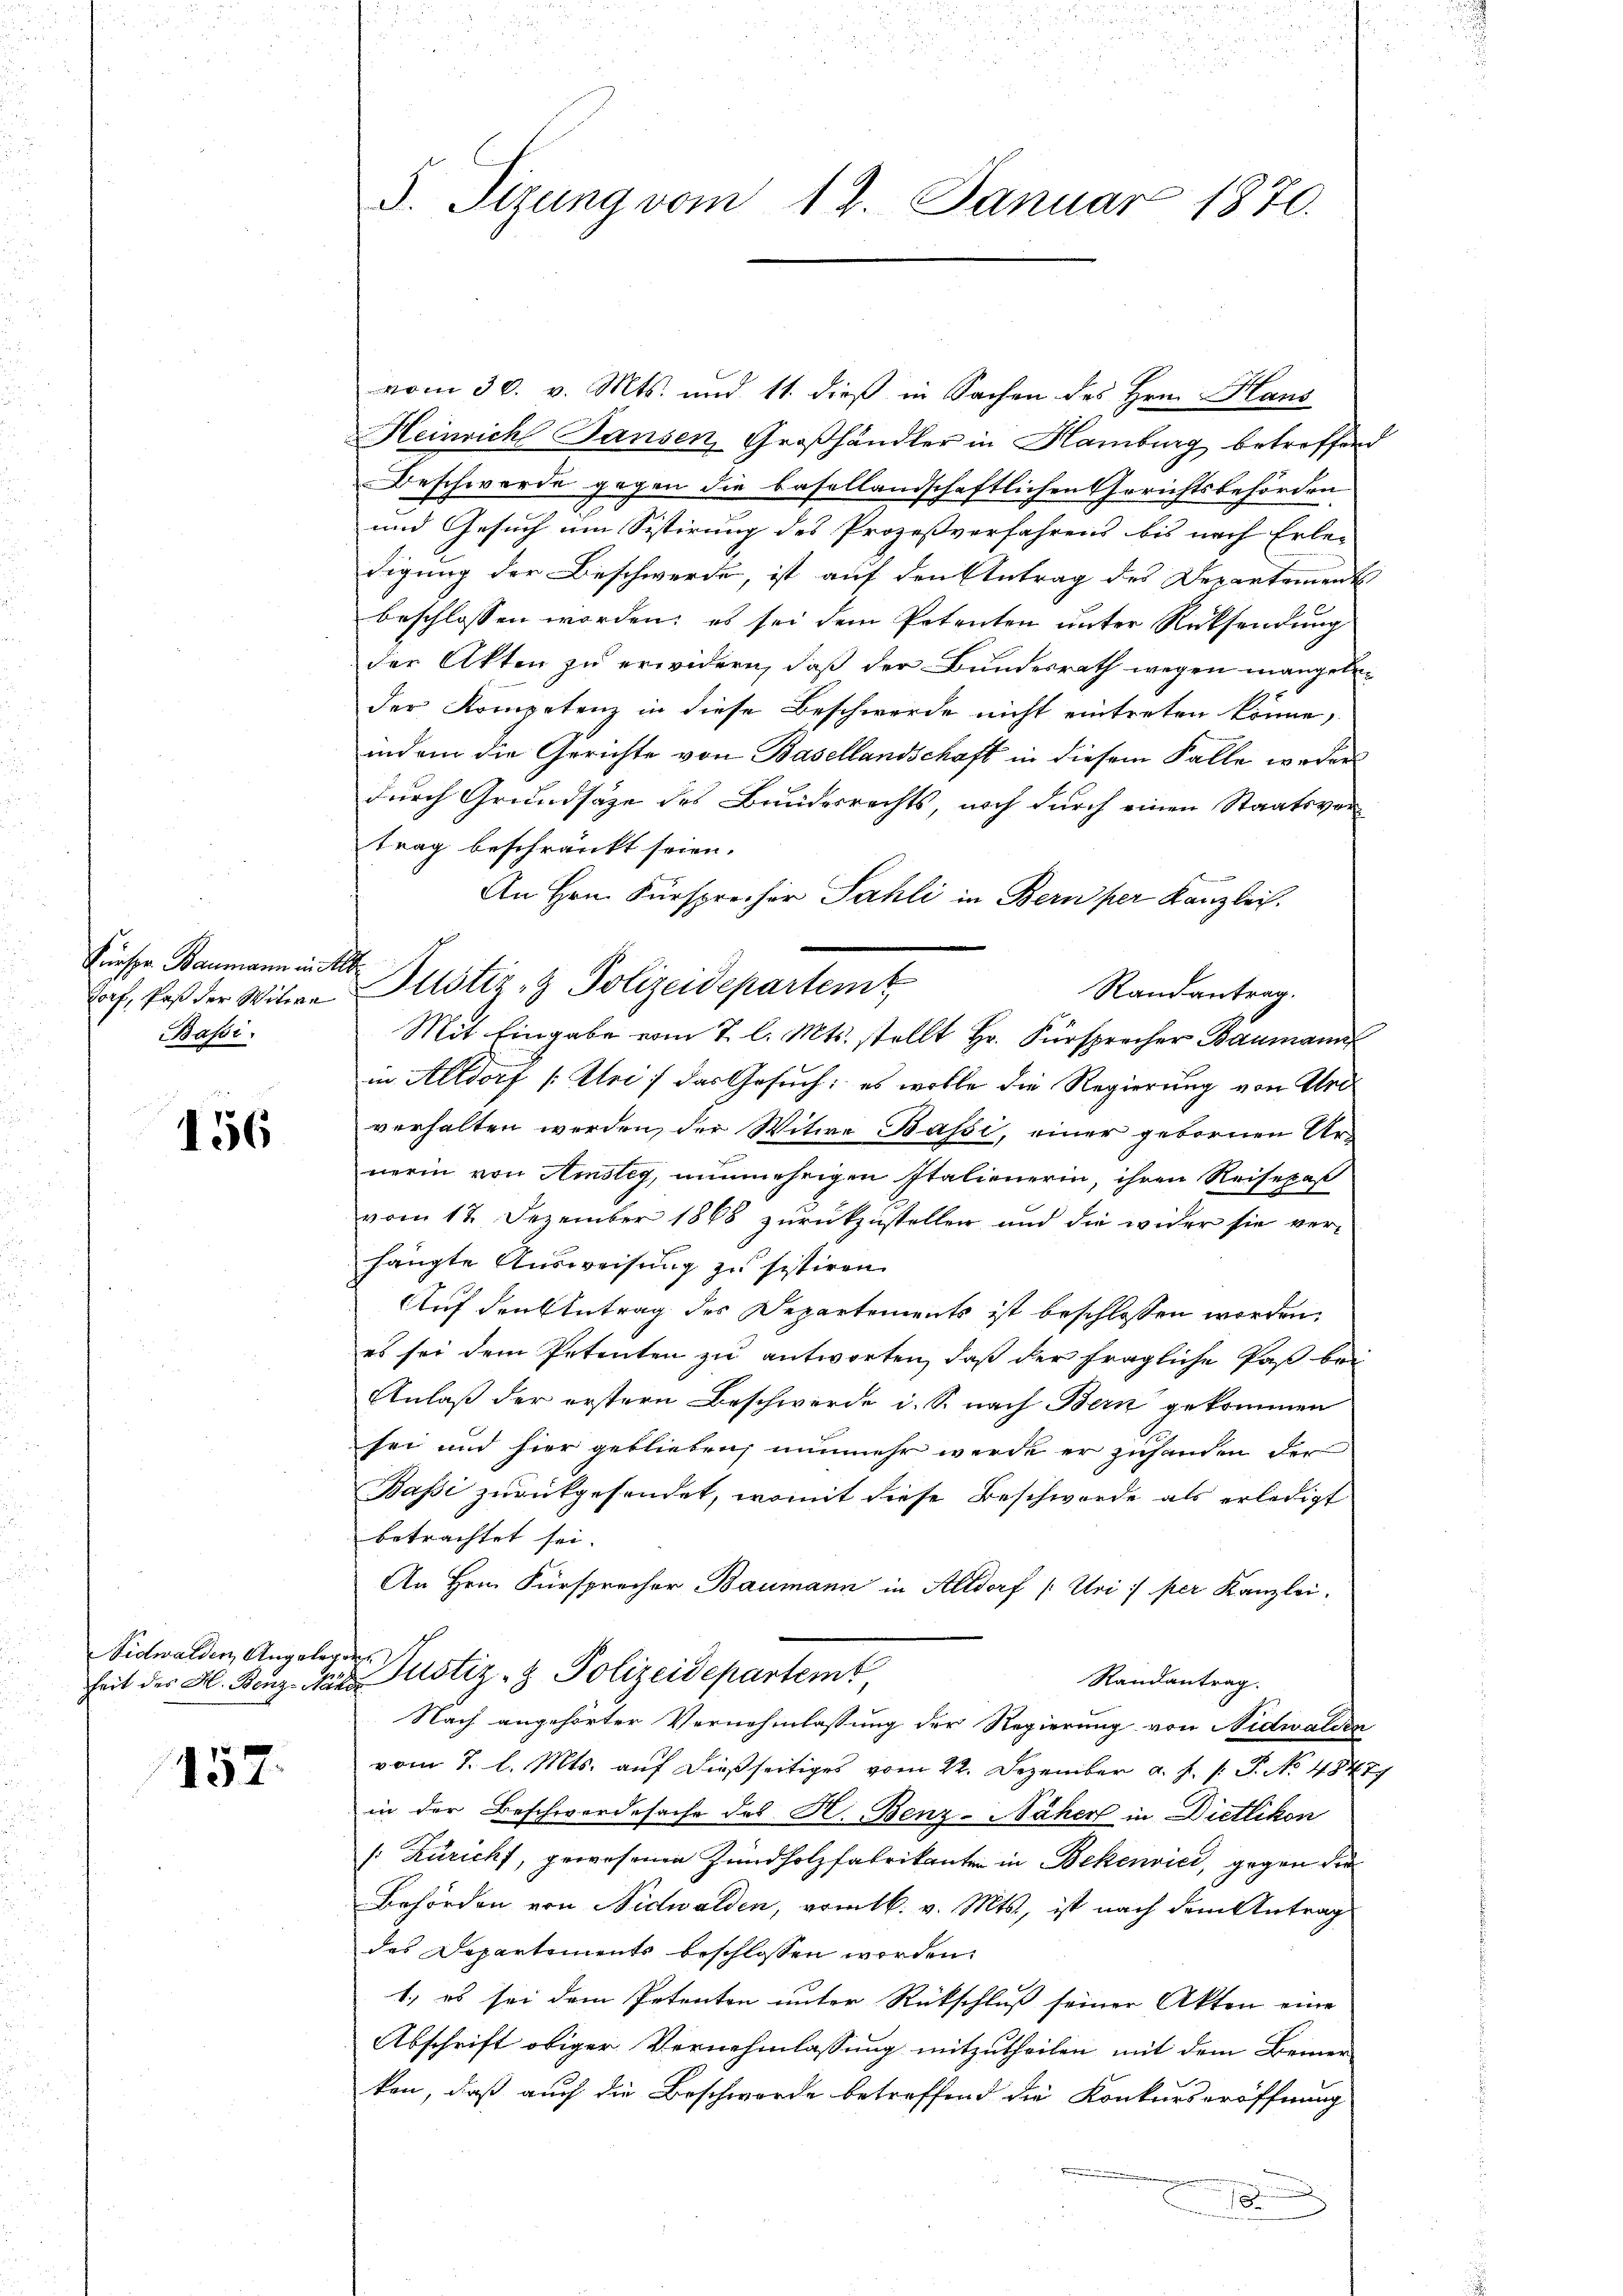
Fresse Baumann in d
Zorf, daß der Witwe
Bassi

156

Nidwalden Angelr

157

S. Tizung vom 17. Januar 1870.

t
Justiz- & Polizeidepartemt

vom 30. v. Mts. und 11. dieß in Sachen des Hrn. Haus
Heinrich Jansen, Großhändler in Hamburg betreffend
Beschwerde gegen die basellandschaftlichen Gerichtsbehörden
und Gesuch um Sistirung des Prozessverfahrens bis nach Erle-
digung der Beschwerde, ist auf den Antrag des Departement
beschlossen worden; es sei dem Petenten unter Rücksendung
der Akten zu erwidern, daß der Bundesrath wegen mangeleder Kompetenz in diese Beschwerde nicht eintreten könne,
indem die Gerichte von Basellandschaft in diesem Falle weder
durch Grundsätze des Bruderrechts, noch durch einen Staatsvertrag beschränkt seien.
An Hrn. Fürsprecher Sahli in Bern per Kanzlei.
Randantrag.
Mit Eingabe vom 7. l. Mts. stellt Hr. Fürsprecher Baumann
in Altdorf (Uri, das Gesuch: es wolle die Regierung von Unverhalten werden, der Witwe Bassi, einer gebornen Urnerin von Amsteg, nunmehrigen Italienerin, ihren Reisepaß
vom 12. Dezember 1868 zurückzustellen und die wider sie verhängte Ausweisung zu sistiren.
Auf den Antrag des Departements ist beschlossen worden.
es sei dem Petenten zu antworten, daß der fragliche Paß bei
Anlaß der erstern Beschwerde d. S. nach Bern gekommen
sei und hier geblieben, nunmehr werde er zuhanden der
Bassi zurückgesendet, womit diese Beschwerde als erledigt
betrachtet sei.
An Hrn. Fürsprecher Baumann in Altdorf (Uri: per Kanzlei,
t
heit der H. Benz Male Justiz- & Polizeidepartemt
Randantrag.
Nach angehörter Vernehmlassung der Regierung von Nidwalden
vom 3. l. Mts. auf dießseitiges vom 22. Dezember a. f. 1: P. No 48477
in der Beschwerdesache des H. Benz-Näher in Dietlikon
/: Züricht, gewesenen Zündholzfabrikanten in Bekenvice, gegen die
Behörden von Nidwalden, vom 16. v. Mts., ist nach dem Antrag
des Departements beschlossen worden.
1) es sei dem Petenten unter Rückschluß seiner Akten eine
Abschrift obiger Vernehmlassung mitzutheilen, mit dem Bemer
ken, daß auch die Beschwerde betreffend die Konkurseröffnung
d